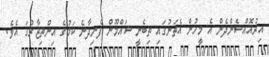
އިރުއޮއްސެންދެން އެ މީހުން އެތަނުގައި ތިބެނީ ޝައްމޫން ފެނިދާނެ ކަމުގެ އިންތިޒާރުގަ އެވެ.